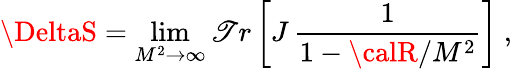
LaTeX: \DeltaS=\operatorname*{lim}_{M^{2}\rightarrow\infty}\mathscr{T}r\left[J\, \frac{{1}}{{1-{\calR}/M^{2}}}\right]\ ,